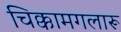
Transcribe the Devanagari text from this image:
चिक्कामगलारू